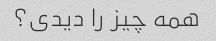
همه چیز را دیدی؟